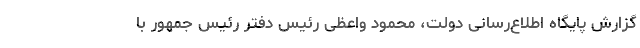
گزارش پایگاه اطلاع‌رسانی دولت، محمود واعظی رئیس دفتر رئیس جمهور با